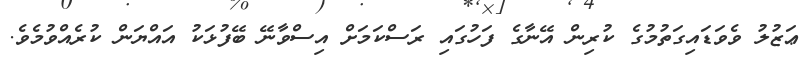
ޢަޒުލު ވެވަޑައިގަތުމުގެ ކުރިން އޭނާގެ ފަހުގައި ރަސްކަމަށް އިސްވާނޭ ބޭފުޅަކު އައްޔަން ކުރެއްވުމެވެ.